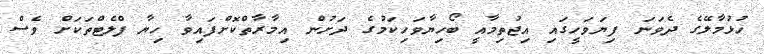
ހުޅުމާލޭގެ ދެވަނަ ފިޔަވަހީގައި އިޖުތިމާއީ ބޯހިޔާވަހިކަމުގެ ދަށުން އިމާރާތްކޮށްފައިވާ ހިޔާ ފްލެޓްތަކަށް ވެސް